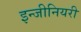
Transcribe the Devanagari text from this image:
इन्जीनियरी